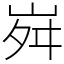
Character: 𡶷